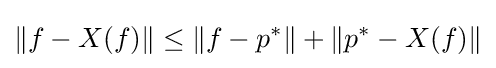
\|f-X(f)\|\leq \|f-p^{*}\|+\|p^{*}-X(f)\|